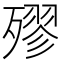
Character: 𣩍